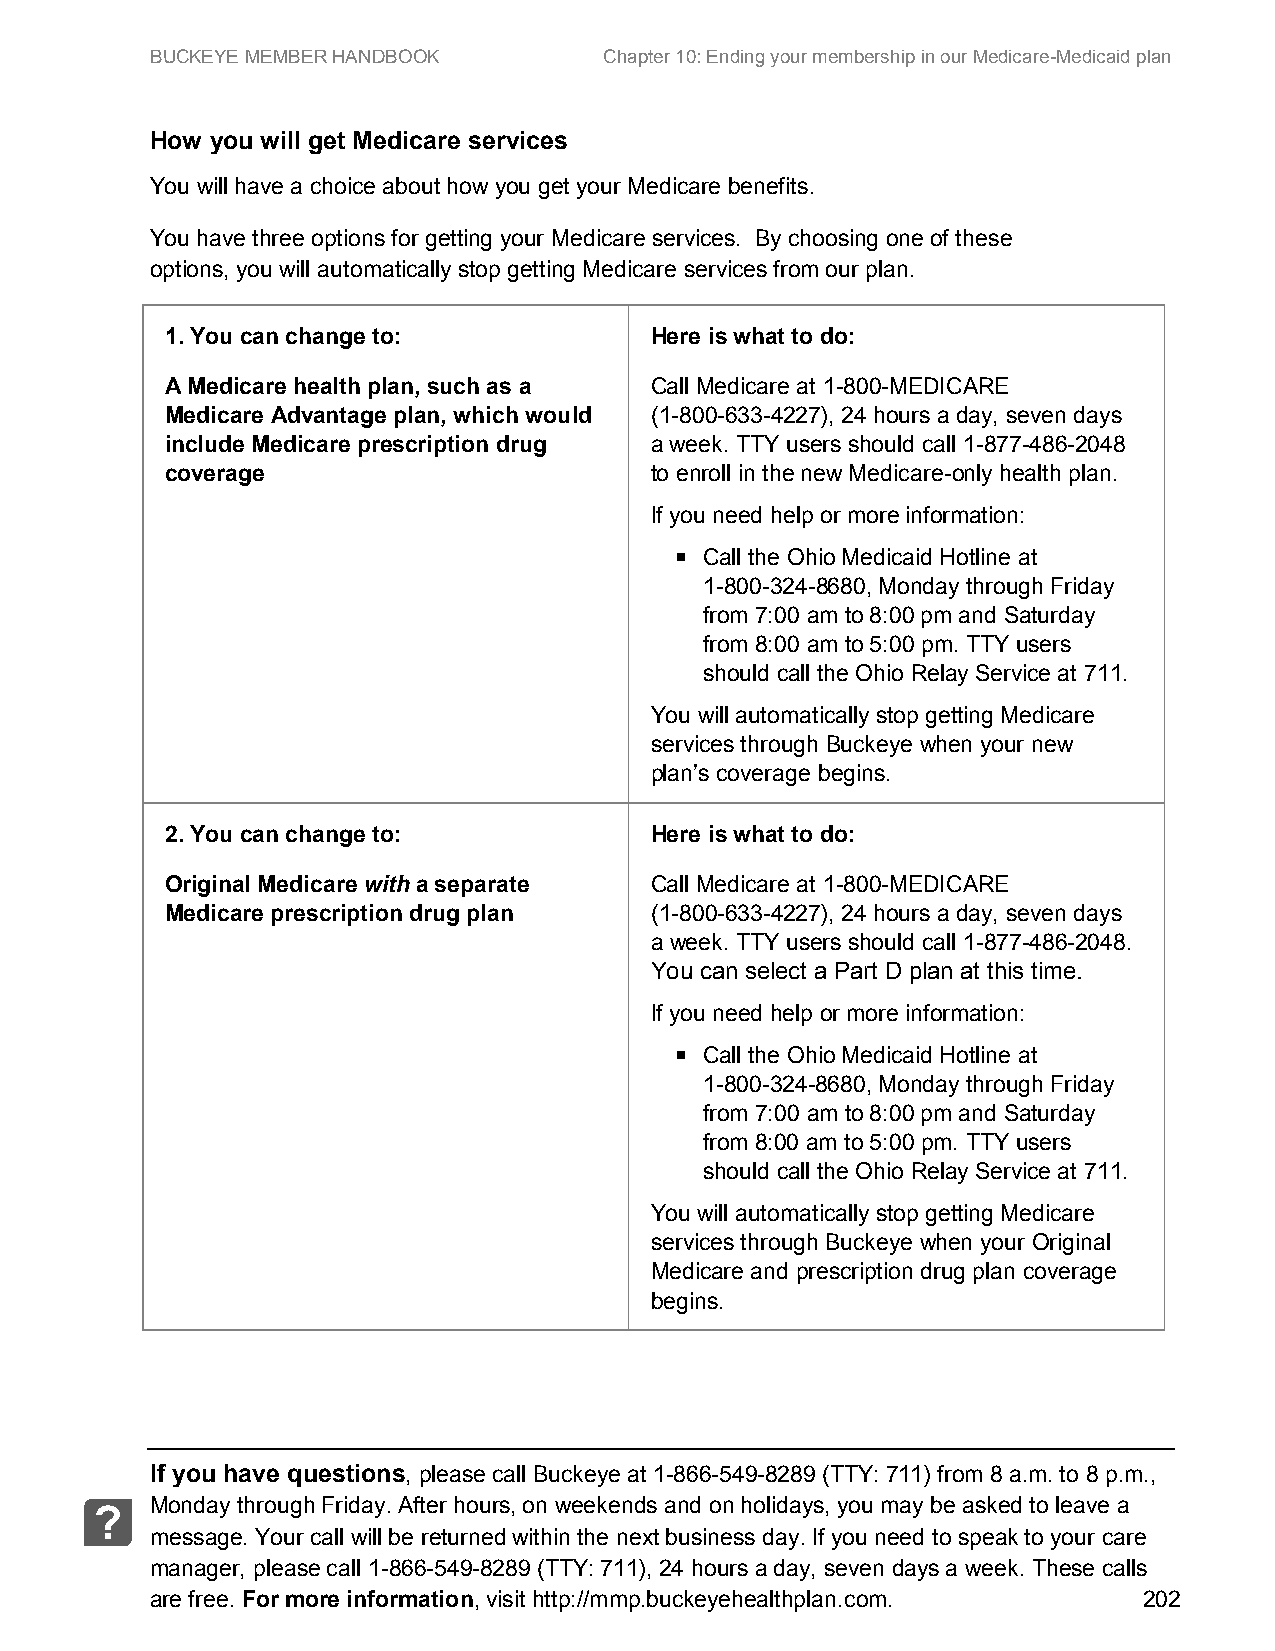
BUCKEYE MEMBER HANDBOOK       Chapter 10: Ending your membership in our Medicare-Medicaid plan
 How you will get Medicare services
 You will have a choice about how you get your Medicare benefits.
 You have three options for getting your Medicare services. By choosing one of these
 options, you will automatically stop getting Medicare services from our plan.
 1. You can change to:           Here is what to do:
 A Medicare health plan, such as a Call Medicare at 1-800-MEDICARE
 Medicare Advantage plan, which would (1-800-633-4227), 24 hours a day, seven days
 include Medicare prescription drug a week. TTY users should call 1-877-486-2048
 coverage                        to enroll in the new Medicare-only health plan.
 If you need help or more information:
  Call the Ohio Medicaid Hotline at
 1-800-324-8680, Monday through Friday
 from 7:00 am to 8:00 pm and Saturday
 from 8:00 am to 5:00 pm. TTY users
 should call the Ohio Relay Service at 711.
 You will automatically stop getting Medicare
 services through Buckeye when your new
 plan’s coverage begins.
 2. You can change to:           Here is what to do:
 Original Medicare with a separate Call Medicare at 1-800-MEDICARE
 Medicare prescription drug plan (1-800-633-4227), 24 hours a day, seven days
 a week. TTY users should call 1-877-486-2048.
 You can select a Part D plan at this time.
 If you need help or more information:
  Call the Ohio Medicaid Hotline at
 1-800-324-8680, Monday through Friday
 from 7:00 am to 8:00 pm and Saturday
 from 8:00 am to 5:00 pm. TTY users
 should call the Ohio Relay Service at 711.
 You will automatically stop getting Medicare
 services through Buckeye when your Original
 Medicare and prescription drug plan coverage
 begins.
 If you have questions, please call Buckeye at 1-866-549-8289 (TTY: 711) from 8 a.m. to 8 p.m.,
 Monday through Friday. After hours, on weekends and on holidays, you may be asked to leave a
 ?
 message. Your call will be returned within the next business day. If you need to speak to your care
 manager, please call 1-866-549-8289 (TTY: 711), 24 hours a day, seven days a week. These calls
 are free. For more information, visit http://mmp.buckeyehealthplan.com. 202